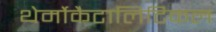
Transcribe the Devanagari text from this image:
थेर्मोकैटालिटिकल